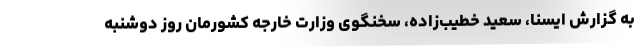
به گزارش ایسنا، سعید خطیب‌زاده، سخنگوی وزارت خارجه کشورمان روز دوشنبه